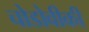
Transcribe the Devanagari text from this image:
चोडोवीकी